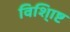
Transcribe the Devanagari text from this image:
विशि्ाष्ट